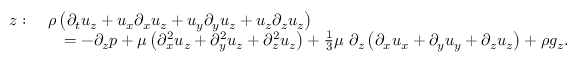
{ \begin{array} { r l } { z : \ } & { \rho \left( { \partial _ { t } u _ { z } } + u _ { x } { \partial _ { x } u _ { z } } + u _ { y } { \partial _ { y } u _ { z } } + u _ { z } { \partial _ { z } u _ { z } } \right) } \\ & { \quad = - { \partial _ { z } p } + \mu \left( { \partial _ { x } ^ { 2 } u _ { z } } + { \partial _ { y } ^ { 2 } u _ { z } } + { \partial _ { z } ^ { 2 } u _ { z } } \right) + { \frac { 1 } { 3 } } \mu \ \partial _ { z } \left( { \partial _ { x } u _ { x } } + { \partial _ { y } u _ { y } } + { \partial _ { z } u _ { z } } \right) + \rho g _ { z } . } \end{array} }